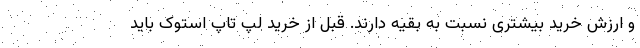
و ارزش خرید بیشتری نسبت به بقیه دارند. قبل از خرید لپ تاپ استوک باید